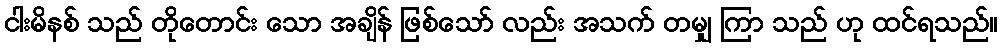
ငါးမိနစ် သည် တိုတောင်း သော အချိန် ဖြစ်သော် လည်း အသက် တမျှ ကြာ သည် ဟု ထင်ရသည်။